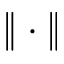
\| \cdot \|